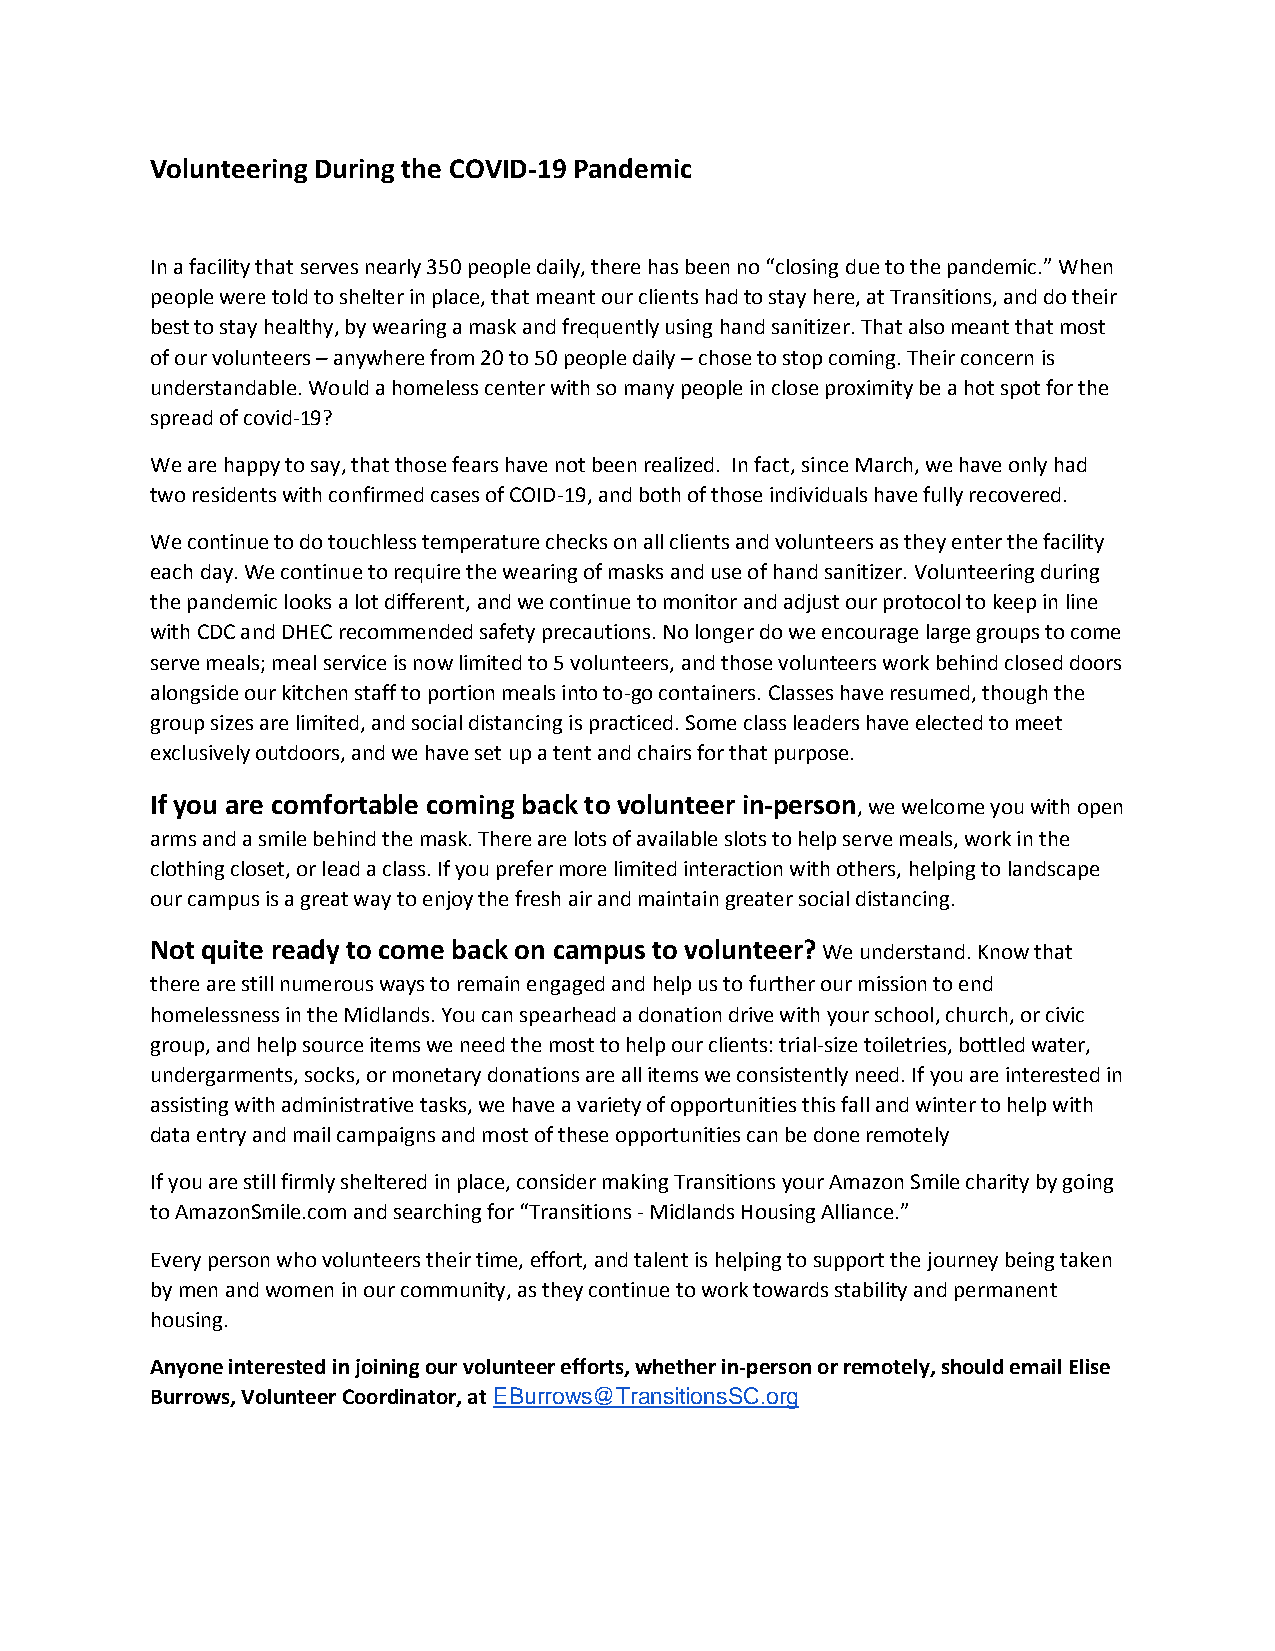
Volunteering During the COVID-19 Pandemic
 In a facility that serves nearly 350 people daily, there has been no “closing due to the pandemic.” When
 people were told to shelter in place, that meant our clients had to stay here, at Transitions, and do their
 best to stay healthy, by wearing a mask and frequently using hand sanitizer. That also meant that most
 of our volunteers – anywhere from 20 to 50 people daily – chose to stop coming. Their concern is
 understandable. Would a homeless center with so many people in close proximity be a hot spot for the
 spread of covid-19?
 We are happy to say, that those fears have not been realized. In fact, since March, we have only had
 two residents with confirmed cases of COID-19, and both of those individuals have fully recovered.
 We continue to do touchless temperature checks on all clients and volunteers as they enter the facility
 each day. We continue to require the wearing of masks and use of hand sanitizer. Volunteering during
 the pandemic looks a lot different, and we continue to monitor and adjust our protocol to keep in line
 with CDC and DHEC recommended safety precautions. No longer do we encourage large groups to come
 serve meals; meal service is now limited to 5 volunteers, and those volunteers work behind closed doors
 alongside our kitchen staff to portion meals into to-go containers. Classes have resumed, though the
 group sizes are limited, and social distancing is practiced. Some class leaders have elected to meet
 exclusively outdoors, and we have set up a tent and chairs for that purpose.
 If you are comfortable coming back to volunteer in-person, we welcome you with open
 arms and a smile behind the mask. There are lots of available slots to help serve meals, work in the
 clothing closet, or lead a class. If you prefer more limited interaction with others, helping to landscape
 our campus is a great way to enjoy the fresh air and maintain greater social distancing.
 Not quite ready to come back on campus to volunteer? We understand. Know that
 there are still numerous ways to remain engaged and help us to further our mission to end
 homelessness in the Midlands. You can spearhead a donation drive with your school, church, or civic
 group, and help source items we need the most to help our clients: trial-size toiletries, bottled water,
 undergarments, socks, or monetary donations are all items we consistently need. If you are interested in
 assisting with administrative tasks, we have a variety of opportunities this fall and winter to help with
 data entry and mail campaigns and most of these opportunities can be done remotely
 If you are still firmly sheltered in place, consider making Transitions your Amazon Smile charity by going
 to AmazonSmile.com and searching for “Transitions - Midlands Housing Alliance.”
 Every person who volunteers their time, effort, and talent is helping to support the journey being taken
 by men and women in our community, as they continue to work towards stability and permanent
 housing.
 Anyone interested in joining our volunteer efforts, whether in-person or remotely, should email Elise
 Burrows, Volunteer Coordinator, at EBurrows@TransitionsSC.org